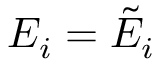
E _ { i } = \tilde { E } _ { i }